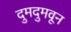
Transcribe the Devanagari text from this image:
दुमदुमवून